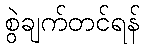
စွဲချက်တင်ရန်